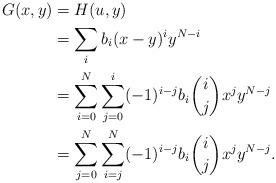
LaTeX: \begin{align*}G(x,y)&=H(u,y)\\&=\sum_i b_i(x-y)^iy^{N-i}\\&=\sum_{i=0}^N \sum_{j=0}^i (-1)^{i-j}b_i{i\choose j}x^jy^{N-j}\\&=\sum_{j=0}^N \sum_{i=j}^N (-1)^{i-j}b_i{i\choose j}x^jy^{N-j}.\end{align*}